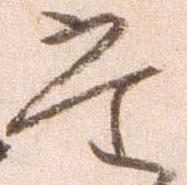
た